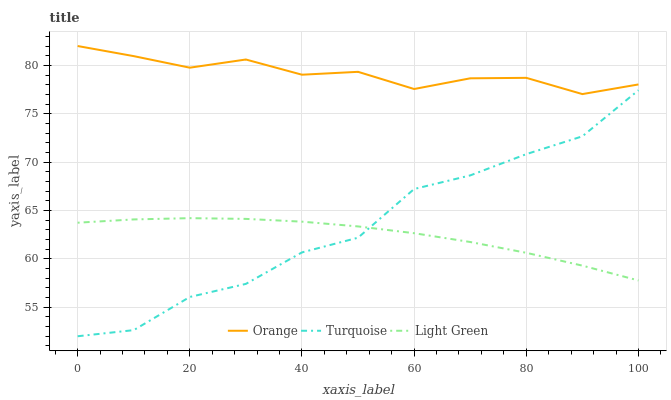
| xaxis_label | Orange | Turquoise | Light Green |
 | --- | --- | --- | --- |
 | 0 | 82 | 52 | 63.7 |
 | 10 | 81 | 52.6 | 64.1 |
 | 20 | 79.8 | 56.1 | 64.2 |
 | 30 | 80.6 | 57.4 | 64.1 |
 | 40 | 79 | 60.7 | 63.8 |
 | 50 | 79.3 | 62.2 | 63.4 |
 | 60 | 77.6 | 67.2 | 62.7 |
 | 70 | 78.7 | 68.6 | 61.7 |
 | 80 | 78.7 | 70.8 | 60.6 |
 | 90 | 77 | 72.7 | 59.3 |
 | 100 | 78 | 77.4 | 57.8 |